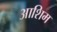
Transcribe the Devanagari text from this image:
आशिम